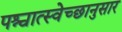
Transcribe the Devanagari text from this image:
पश्चात्स्वेच्छानुसार